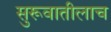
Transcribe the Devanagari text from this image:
सुरूवातीलाच